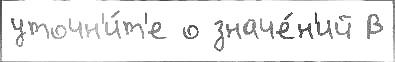
уточн'и́т'е о значе́н'ий В